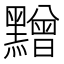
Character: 𪒟